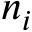
n _ { i }